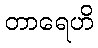
တာရေဟိ